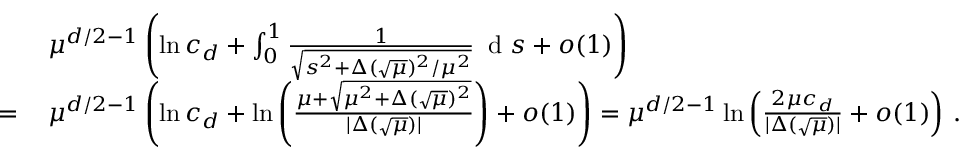
\begin{array} { r l } & { \mu ^ { d / 2 - 1 } \left( \ln c _ { d } + \int _ { 0 } ^ { 1 } \frac { 1 } { \sqrt { s ^ { 2 } + \Delta ( \sqrt { \mu } ) ^ { 2 } / \mu ^ { 2 } } } \, \textnormal { d } s + o ( 1 ) \right) } \\ { = \, } & { \mu ^ { d / 2 - 1 } \left( \ln c _ { d } + \ln \left( \frac { \mu + \sqrt { \mu ^ { 2 } + \Delta ( \sqrt { \mu } ) ^ { 2 } } } { \vert \Delta ( \sqrt { \mu } ) \vert } \right) + o ( 1 ) \right) = \mu ^ { d / 2 - 1 } \ln \left( \frac { 2 \mu c _ { d } } { \vert \Delta ( \sqrt { \mu } ) \vert } + o ( 1 ) \right) \, . } \end{array}